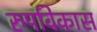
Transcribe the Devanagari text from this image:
रुपविकास